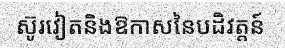
ស៊ូរវៀតនិងឱកាសនៃបដិវត្តន៍